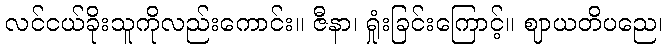
လင်ငယ်ခိုးသူကိုလည်းကောင်း။ ဇီနာ၊ ရှုံးခြင်းကြောင့်။ ဈာယတိပညေ၊